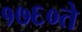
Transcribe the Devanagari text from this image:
१७६०ते